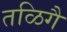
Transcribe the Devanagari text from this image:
तळिगै